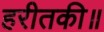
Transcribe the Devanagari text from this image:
हरीतकी॥